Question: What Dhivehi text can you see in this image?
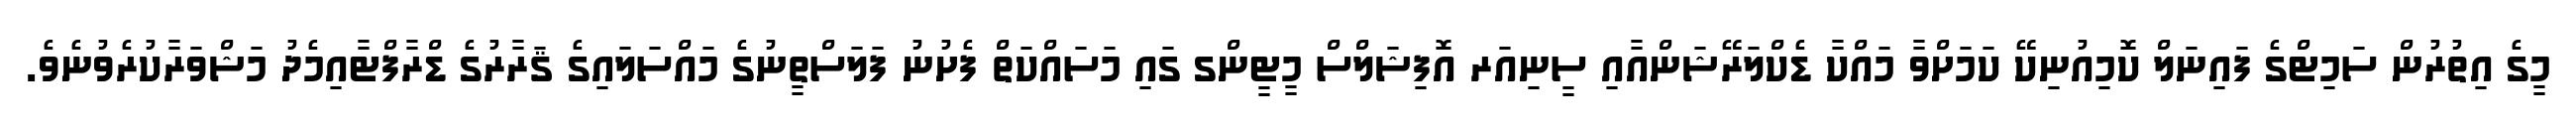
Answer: މީގެ އިތުރުން ސަމިޓްގެ ފައިނަލް ކޮމިއުނިކޭ ކަމަށްވާ މައްކާ ޑެކްލަރޭޝަންއާއި ސީނިއަރ އޮފިޝަލްސް މީޓީންގ ގައި މަސައްކަތް ފެށުނު ފަލަސްތީނުގެ މައްސަލައިގެ ޤަރާރުގެ ޑްރާފްޓާއިމެދު މަޝްވަރާކުރެވުނެވެ.